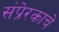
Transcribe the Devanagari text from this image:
संप्रेरकाचे